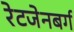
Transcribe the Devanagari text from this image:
रेटजेनबर्ग